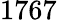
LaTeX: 1767